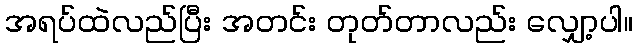
အရပ်ထဲလည်ပြီး အတင်း တုတ်တာလည်း လျှော့ပါ။